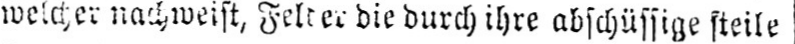
die durch ihre abschüssige steile